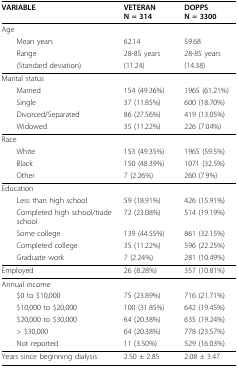
<table><thead><tr><td><b>VARIABLE</b></td><td><b>VETERAN N = 314</b></td><td><b>DOPPS N = 3300</b></td></tr></thead><tbody><tr><td>Age</td><td></td><td></td></tr><tr><td> Mean years</td><td>62.14</td><td>59.68</td></tr><tr><td> Range</td><td>28-85 years</td><td>28-85 years</td></tr><tr><td> (Standard deviation)</td><td>(11.24)</td><td>(14.38)</td></tr><tr><td>Marital status</td><td></td><td></td></tr><tr><td> Married</td><td>154 (49.36%)</td><td>1965 (61.21%)</td></tr><tr><td> Single</td><td>37 (11.85%)</td><td>600 (18.70%)</td></tr><tr><td> Divorced/Separated</td><td>86 (27.56%)</td><td>419 (13.05%)</td></tr><tr><td> Widowed</td><td>35 (11.22%)</td><td>226 (7.04%)</td></tr><tr><td>Race</td><td></td><td></td></tr><tr><td> White</td><td>153 (49.35%)</td><td>1965 (59.5%)</td></tr><tr><td> Black</td><td>150 (48.39%)</td><td>1071 (32.5%)</td></tr><tr><td> Other</td><td>7 (2.26%)</td><td>260 (7.9%)</td></tr><tr><td>Education</td><td></td><td></td></tr><tr><td> Less than high school</td><td>59 (18.91%)</td><td>426 (15.91%)</td></tr><tr><td> Completed high school/trade school</td><td>72 (23.08%)</td><td>514 (19.19%)</td></tr><tr><td> Some college</td><td>139 (44.55%)</td><td>861 (32.15%)</td></tr><tr><td> Completed college</td><td>35 (11.22%)</td><td>596 (22.25%)</td></tr><tr><td> Graduate work</td><td>7 (2.24%)</td><td>281 (10.49%)</td></tr><tr><td>Employed</td><td>26 (8.28%)</td><td>357 (10.81%)</td></tr><tr><td>Annual income</td><td></td><td></td></tr><tr><td> $0 to $10,000</td><td>75 (23.89%)</td><td>716 (21.71%)</td></tr><tr><td> $10,000 to $20,000</td><td>100 (31.85%)</td><td>642 (19.45%)</td></tr><tr><td> $20,000 to $30,000</td><td>64 (20.38%)</td><td>635 (19.24%)</td></tr><tr><td> &gt; $30,000</td><td>64 (20.38%)</td><td>778 (23.57%)</td></tr><tr><td> Not reported</td><td>11 (3.50%)</td><td>529 (16.03%)</td></tr><tr><td>Years since beginning dialysis</td><td>2.50 ± 2.85</td><td>2.08 ± 3.47</td></tr></tbody></table>